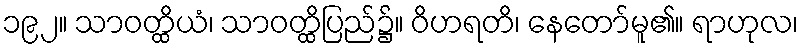
၁၉၂။ သာဝတ္ထိယံ၊ သာဝတ္ထိပြည်၌။ ဝိဟရတိ၊ နေတော်မူ၏။ ရာဟုလ၊